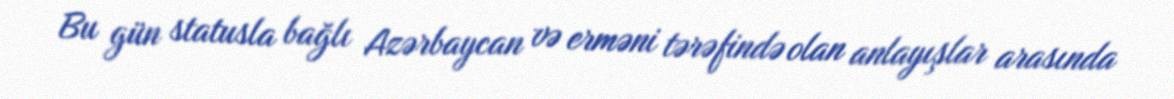
Bu gün statusla bağlı Azərbaycan və erməni tərəfində olan anlayışlar arasında